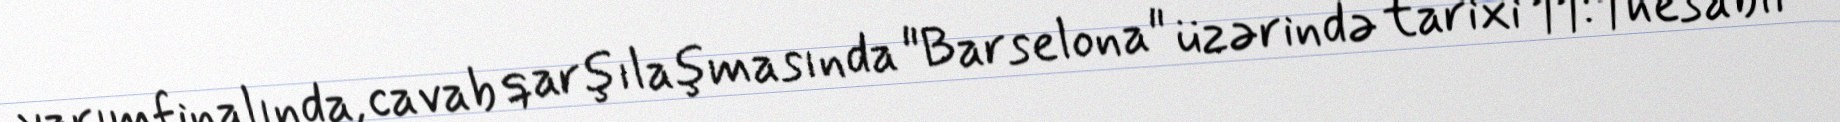
yarımfinalında, cavab qarşılaşmasında "Barselona" üzərində tarixi 11:1 hesablı